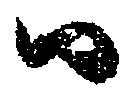
ハ